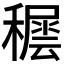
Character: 𥢘